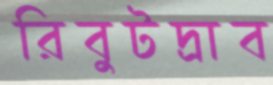
রিবুটদ্রাব